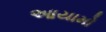
આયામો